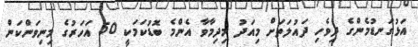
އަޅުގަނޑުމެންގެ ދިވެހި ދައުލަތަށް މިއަދު މިދިމާވާ އެންމެ ބޮޑުކަމަކީ 50 އަހަރުގެ މިނިވަންކަން